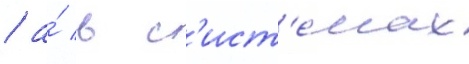
/ а́ в с'ист'е́мах